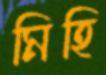
মিহি